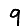
Digit: 9